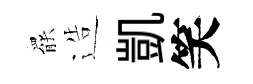
罷造凱笑